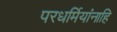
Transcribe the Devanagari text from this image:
परधर्मियांनाहि